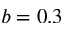
b = 0 . 3